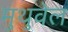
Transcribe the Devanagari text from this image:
मुथुवेल